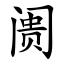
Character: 阓